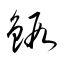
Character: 鍜